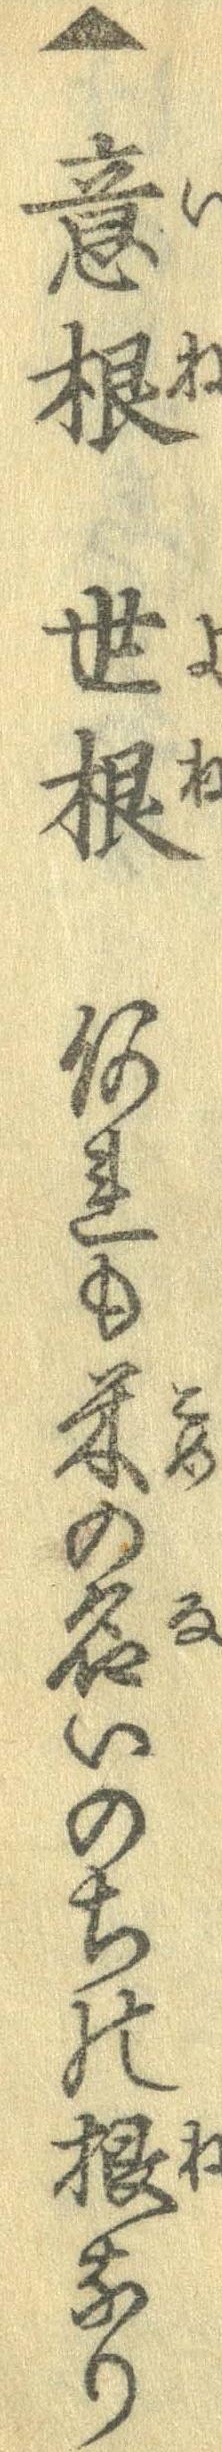
▲意根世根何れも米の名いのちの根なり